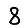
Digit: 8